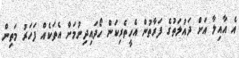
އެ އާއިލާ އަށް ދައުލަތުގެ ފަރާތުން އެހީތެރިކަން ހޯދައިދިނުމަށް އެތަކެއް ފަހަރު މަތިން